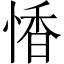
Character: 𪬏